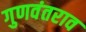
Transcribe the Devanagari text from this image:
गुणवंतराव